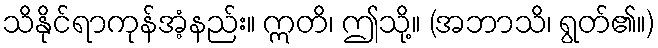
သိနိုင်ရာကုန်အံ့နည်း။ ဣတိ၊ ဤသို့။ (အဘာသိ၊ ရွတ်၏။)